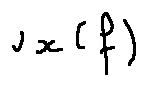
v _ { x } ( f )